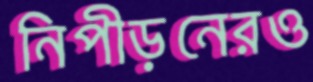
নিপীড়নেরও